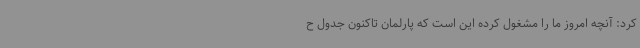
کرد: آنچه امروز ما را مشغول کرده این است که پارلمان تاکنون جدول ح